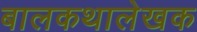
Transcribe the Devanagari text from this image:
बालकथालेखक